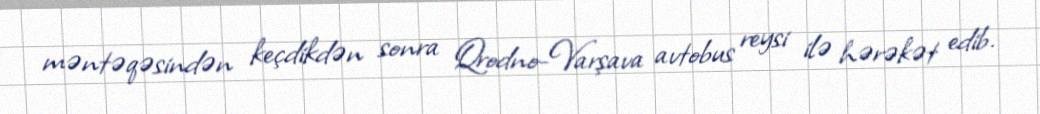
məntəqəsindən keçdikdən sonra Qrodno-Varşava avtobus reysi ilə hərəkət edib.